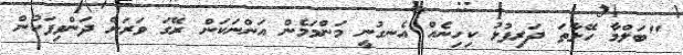
"ބަލްމާ ހޭލާތަ ދަރިފުޅު ކިހިނެއް އެނގުނީ މަންމަމެން އަންނަކަން ރޭގަ ވަރަށް ދަންވިފަހުން